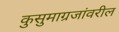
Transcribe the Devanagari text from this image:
कुसुमाग्रजांवरील